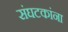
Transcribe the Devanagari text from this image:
संघटकांना